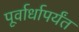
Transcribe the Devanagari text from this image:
पूर्वार्धापर्यंत